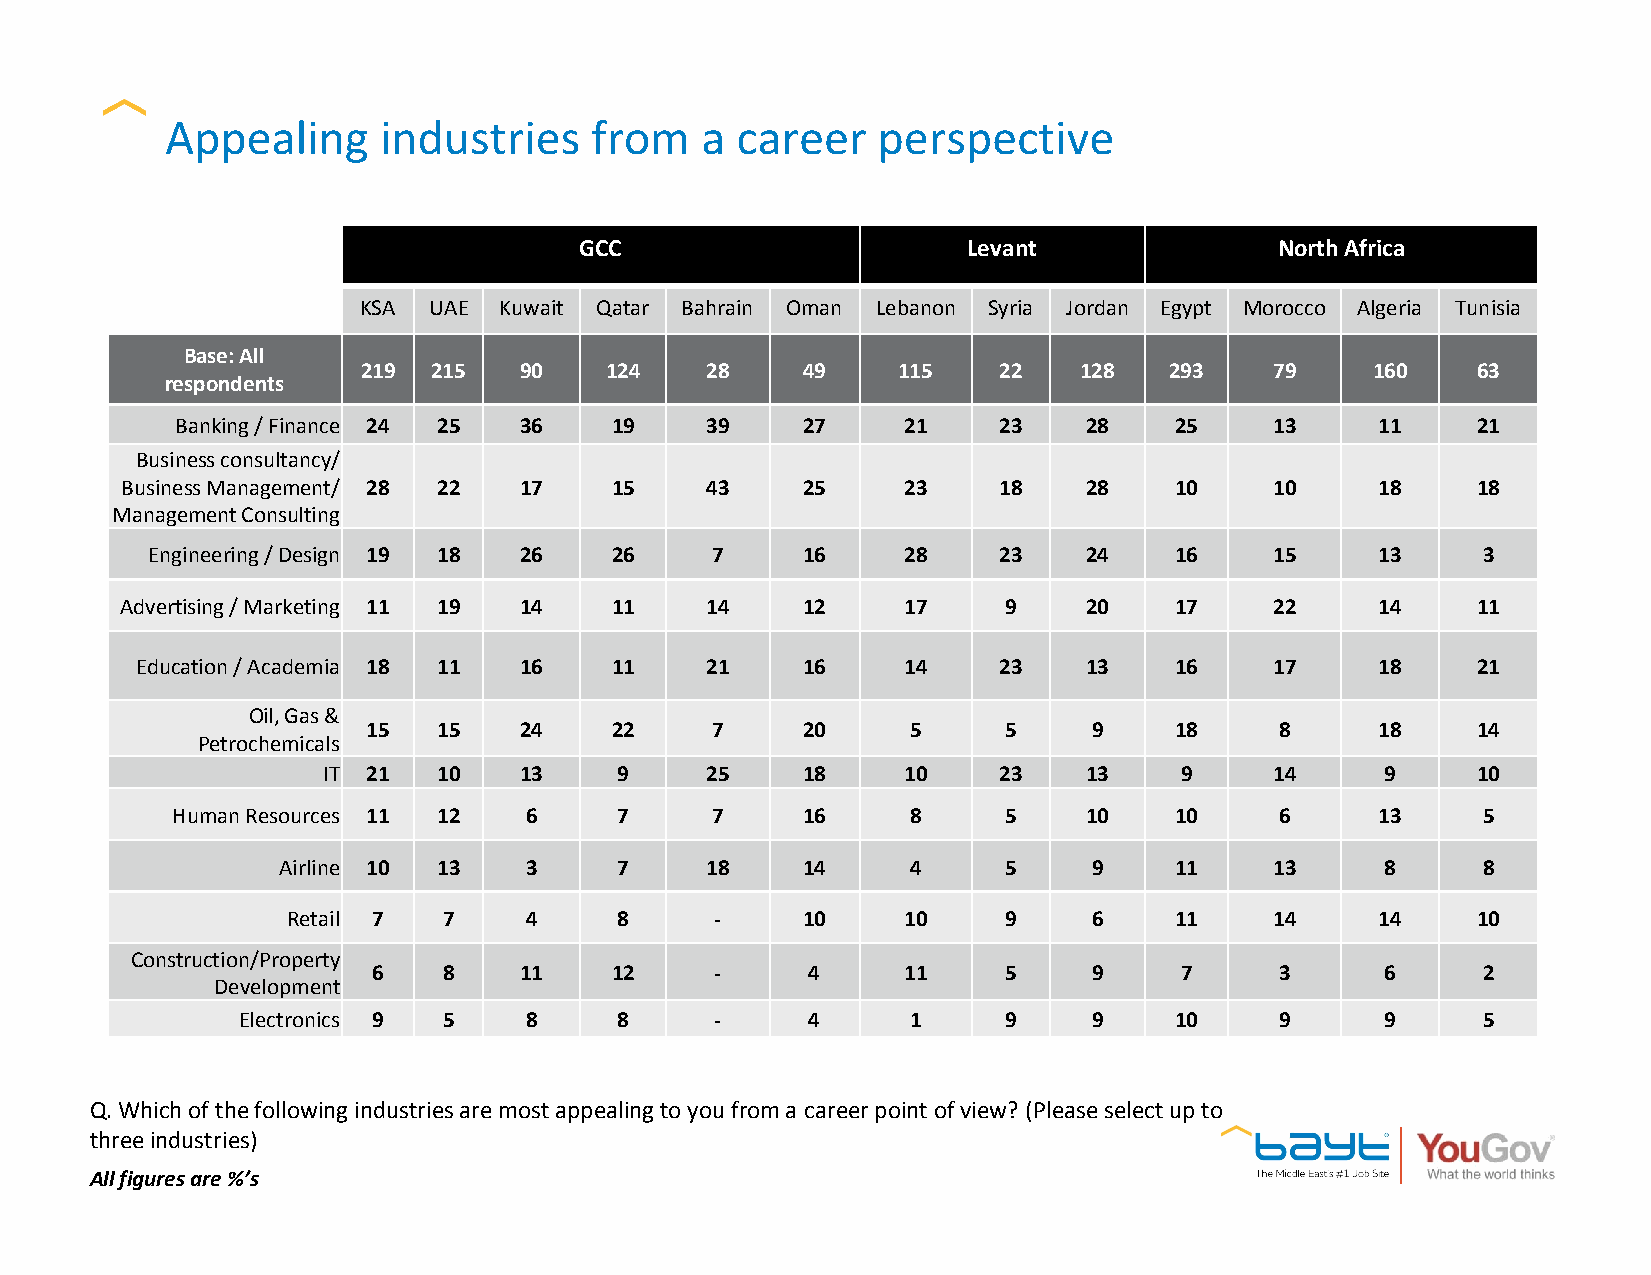
Appealing     industries    from   a  career   perspective
 GCC                       Levant               North Africa
 KSA UAE  Kuwait Qatar Bahrain Oman Lebanon Syria Jordan Egypt Morocco Algeria Tunisia
 Base: All
 219  215  90    124    28    49    115    22   128   293    79     160    63
 respondents
 Banking / Finance 24 25 36  19     39    27     21    23    28    25    13     11     21
 Business consultancy/
 Business Management/ 28 22 17   15     43    25     23    18    28    10    10     18     18
 Management Consulting
 Engineering / Design 19 18 26 26     7     16     28    23    24    16    15     13     3
 Advertising / Marketing 11 19 14 11    14    12     17     9    20    17    22     14     11
 Education / Academia 18 11 16  11     21    16     14    23    13    16    17     18     21
 Oil, Gas &
 15   15   24    22     7     20     5      5    9     18     8     18     14
 Petrochemicals
 IT 21   10   13     9     25    18     10    23    13    9     14      9     10
 Human Resources 11 12   6     7     7     16     8      5    10    10     6     13     5
 Airline 10 13    3     7     18    14     4      5    9     11    13      8     8
 Retail 7  7     4     8     -     10     10     9    6     11    14     14     10
 Construction/Property
 6   8    11    12     -     4      11     5    9     7      3      6     2
 Development
 Electronics 9 5    8     8     -     4      1      9    9     10     9      9     5
 Q. Which of the following industries are most appealing to you from a career point of view? (Please select up to
 three industries)
 All figures are %’s